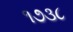
૧૭૩૮